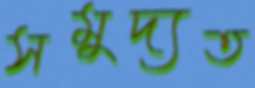
সমুদ্যত